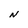
Character: N